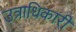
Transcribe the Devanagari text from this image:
उत्राधिकारी